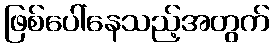
ဖြစ်ပေါ်နေသည့်အတွက်